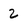
Character: 2